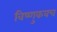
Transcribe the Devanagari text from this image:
विष्णुकवच